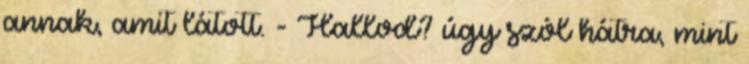
annak, amit látott. - Hallod? úgy szól hátra, mint